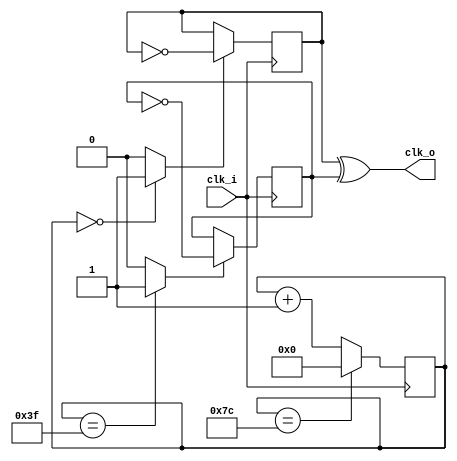
//
// Copyright 2007 Bill Tracey, bill@ewjt.com, KD5TFD 
//	
//  HPSDR - High Performance Software Defined Radio
//
//  Clock dividecr 
//
//  This program is free software; you can redistribute it and/or modify
//  it under the terms of the GNU General Public License as published by
//  the Free Software Foundation; either version 2 of the License, or
//  (at your option) any later version.
//
//  This program is distributed in the hope that it will be useful,
//  but WITHOUT ANY WARRANTY; without even the implied warranty of
//  MERCHANTABILITY or FITNESS FOR A PARTICULAR PURPOSE.  See the
//  GNU General Public License for more details.
//
//  You should have received a copy of the GNU General Public License
//  along with this program; if not, write to the Free Software
//  Foundation, Inc., 59 Temple Place, Suite 330, Boston, MA  02111-1307  USA


//
// adapted from http://www.edn.com/archives/1997/081597/17di_01.htm#Listing%201
// 
//

// module oddClockDivider(clk_i, clk_o, q1, q2); 
module oddClockDivider(clk_i, clk_o); 
input clk_i; 
output clk_o; 
// output q1;
// output q2;

wire clk_i; 
wire clk_o; 
// wire q1; 
// wire q2; 


parameter DIVIDE_RATE = 125; 
parameter COUNTER_WIDTH=7; 

reg [(COUNTER_WIDTH-1):0] count; 

always @ (posedge clk_i) begin

	case ( count )
		DIVIDE_RATE-1: count <= 0; 
		default: count <= count + 1; 
	endcase 				
end 


wire en_tff1; 
wire en_tff2; 
reg div1;
reg div2; 

assign en_tff1 = ( count == 0 ? 1 : 0 ) ; 
assign en_tff2 = ( count ==  (((DIVIDE_RATE-1)/2)+1) ? 1 : 0 ); 


// 
always @ (posedge clk_i) begin
	if ( en_tff1 == 1 ) div1 <= ~div1; 
end 

always @ (negedge clk_i) begin 
	if ( en_tff2 == 1 ) div2 <= ~div2; 
end 

assign clk_o = div1 ^ div2;
// assign q1 = div1; 
// assign q2 = div2; 

endmodule